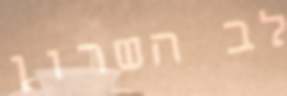
לב השרון